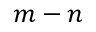
m - n